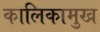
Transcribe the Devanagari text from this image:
कालिकामुख